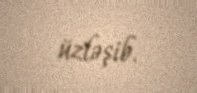
üzləşib.